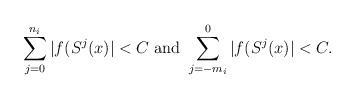
\begin{align*}\sum_{j=0}^{n_i}\vert f(S^j(x)\vert < C \textrm{ and } \sum_{j=-m_i}^{0}\vert f(S^j(x)\vert < C.\end{align*}